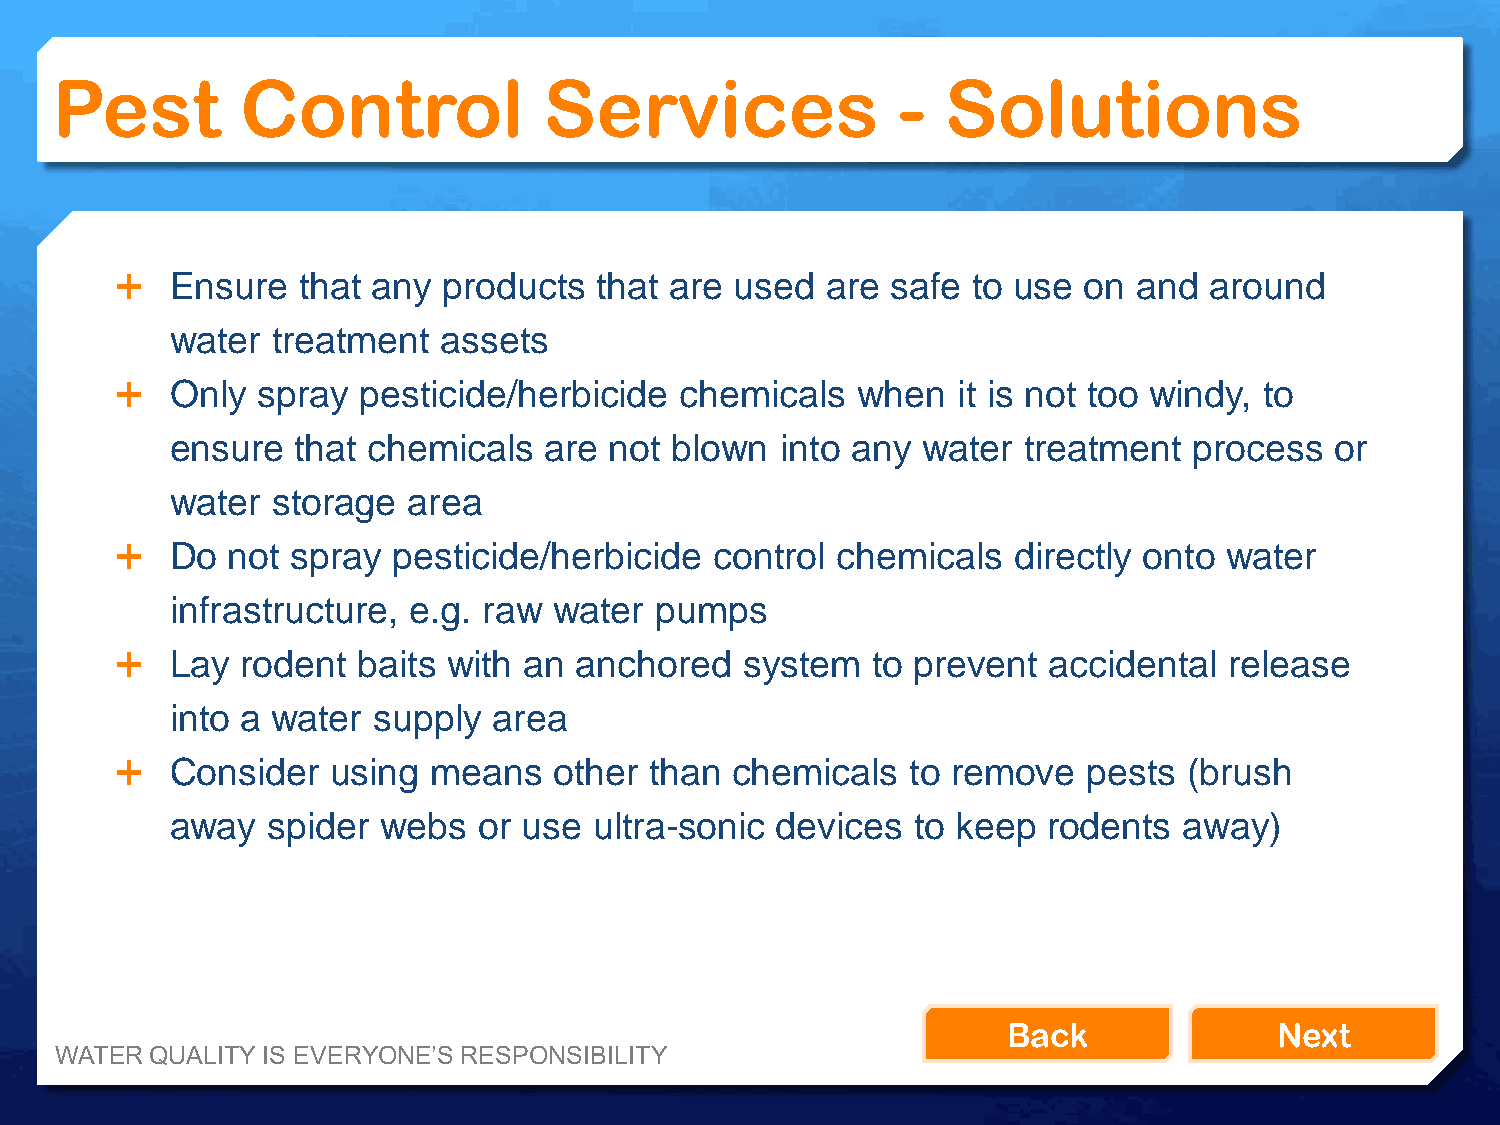
Pest         Control             Services               -   Solutions
   Ensure   that any products   that are used  are safe to use  on and  around
 water  treatment  assets
   Only  spray  pesticide/herbicide  chemicals   when  it is not too windy, to
 ensure   that chemicals  are not blown   into any water  treatment  process  or
 water  storage  area
   Do  not spray  pesticide/herbicide  control chemicals   directly onto water
 infrastructure, e.g. raw  water pumps
   Lay  rodent  baits with an anchored   system   to prevent accidental  release
 into a water  supply  area
   Consider   using  means   other than chemicals   to remove   pests  (brush
 away   spider webs   or use ultra-sonic devices   to keep rodents  away)
 Back              Next
 WATER QUALITY IS EVERYONE’S RESPONSIBILITY